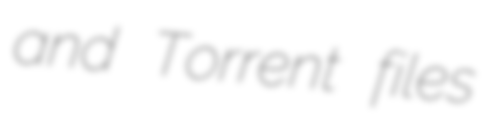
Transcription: and Torrent files